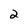
Character: 2